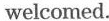
welcomed.